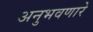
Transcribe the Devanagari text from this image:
अनुभवणारे